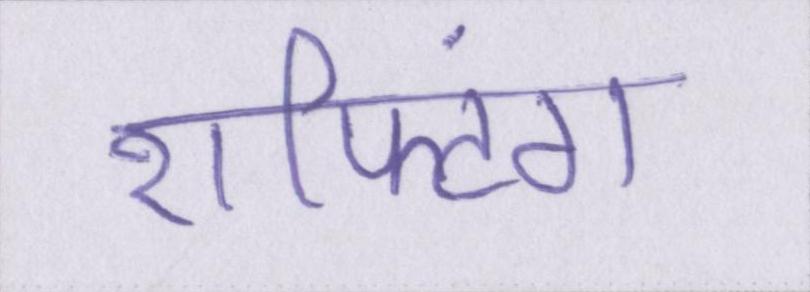
राफ्टिंग